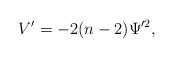
LaTeX: \begin{align*}V'=-2(n-2)\Psi'^2,\end{align*}